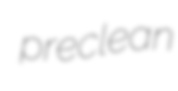
preclean